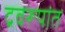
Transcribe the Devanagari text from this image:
द्रवरूपांत